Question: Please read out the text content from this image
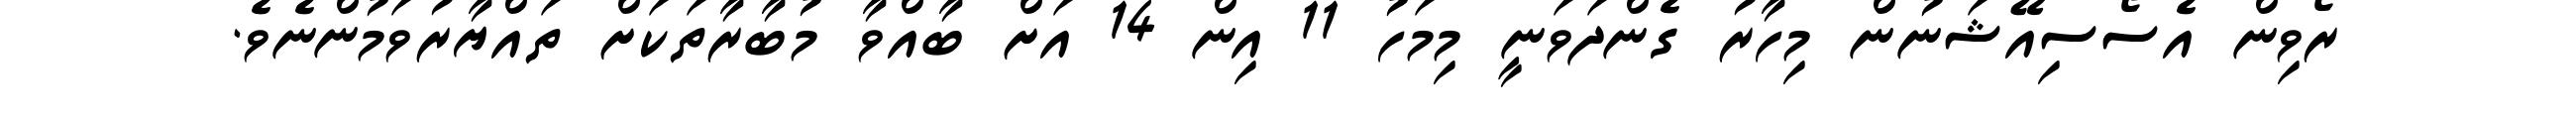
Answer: ރޯވިން އެސޯސިއޭޝަނުން މިހާރު ގެންދަވަނީ މިމަހު 11 އިން 14 އަށް ބާއްވާ މުބާރާތަކަށް ތައްޔާރުވަމުންނެވެ.